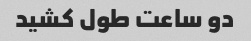
دو ساعت طول کشید